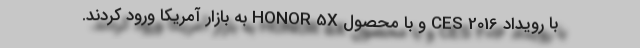
با رویداد CES 2016 و با محصول HONOR 5X به بازار آمریکا ورود کردند.